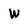
Character: W